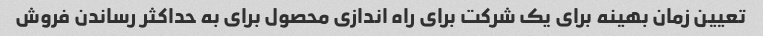
تعیین زمان بهینه برای یک شرکت برای راه اندازی محصول برای به حداکثر رساندن فروش